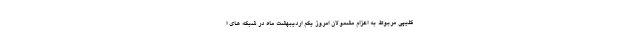
کلیپی مربوط به اعزام مشمولان امروز یکم اردیبهشت ماه در شبکه های ا